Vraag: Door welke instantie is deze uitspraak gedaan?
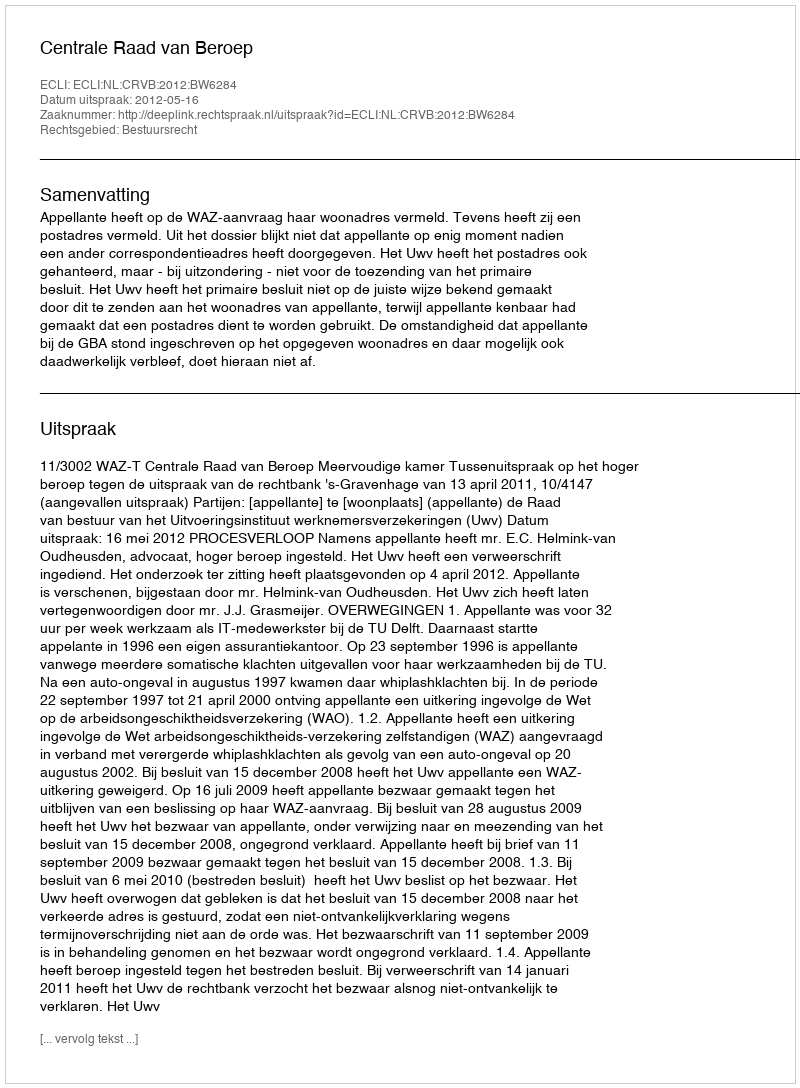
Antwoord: Centrale Raad van Beroep